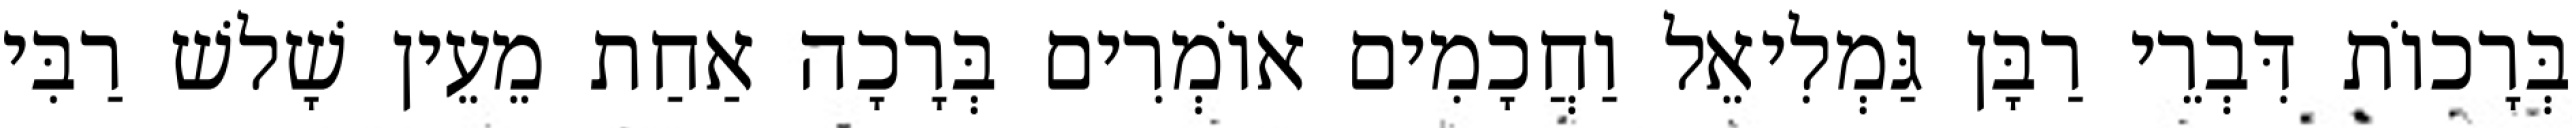
בְּרָכוֹת דִּבְרֵי רַבָּן גַּמְלִיאֵל וַחֲכָמִים אוֹמְרִים בְּרָכָה אַחַת מֵעֵין שָׁלשׁ רַבִּי